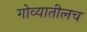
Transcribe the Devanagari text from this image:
गोव्यातीलच